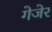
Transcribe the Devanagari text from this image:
गेजेर